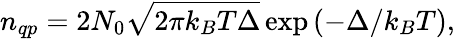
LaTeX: n_{qp}=2N_{0}\sqrt{2\pi k_{B}T\Delta}\exp\left(-\Delta/k_{B}T\right),